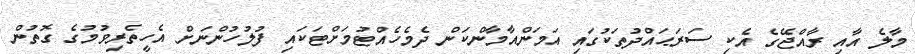
މާލެ އާއި ރާއްޖޭގެ އެކި ސަރަޙައްދުތަކުގައި އަމަންއާމާންކަން ދެމެހެއްޓުމަށްޓަކައި ފުލުހުންނަށް އެހީތެރިވުމުގެ ގޮތުން